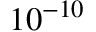
1 0 ^ { - 1 0 }